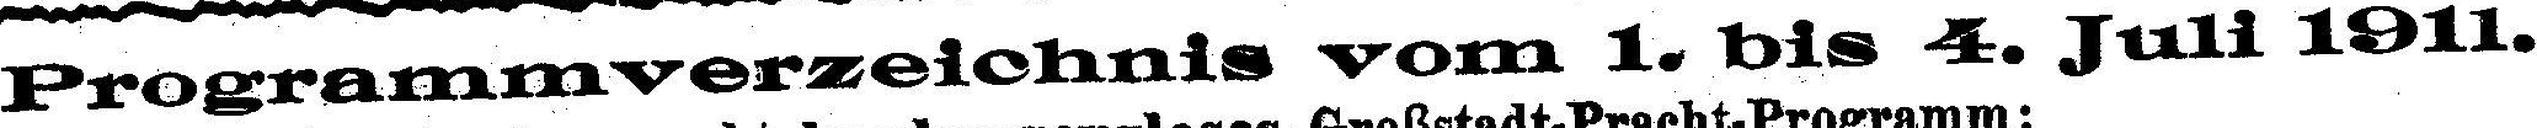
Programmverzeichnis vom 1. bis 4. Juli 1911.